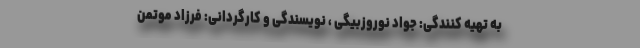
به تهیه کنندگی: جواد نوروزبیگی ، نویسندگی و کارگردانی: فرزاد موتمن